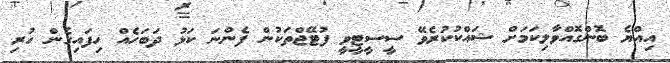
އިއްޔެ ބޮންގޮއްވާލިކަމަށް ޝައްކުކުރެވޭ ސީސީޓީވީ ފުޓޭޖްތަކުން ފެންނަ ކަޅު ދަބަހެއް ހިފައިގެން ހުރި